Indian journal of veterinary science and animal husbandry - Volume 7,
Year: 1937
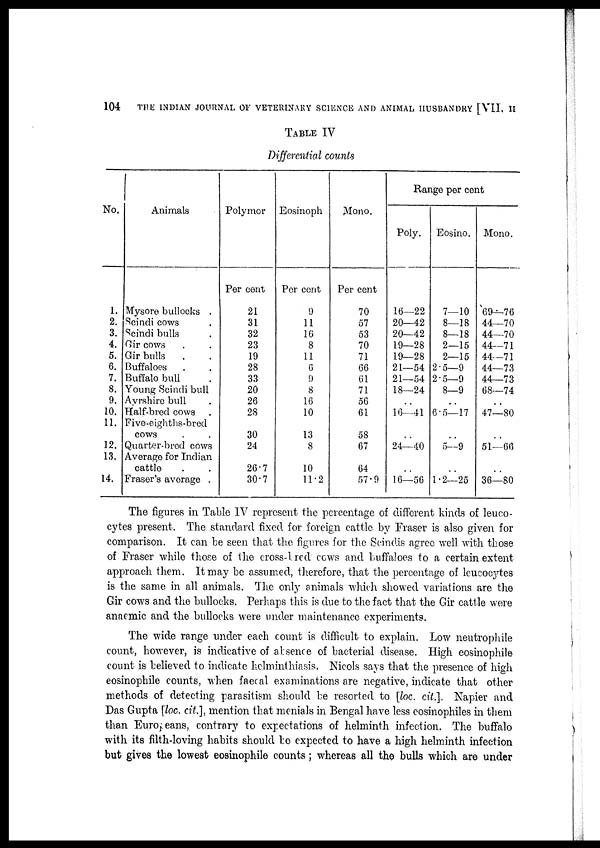
104
THE INDIAN JOURNAL OF VETERINARY SCIENCE AND ANIMAL HUSBANDRY [VII, II
TABLE IV
Differential counts
No.
1.
2.
3.
4.
5.
6.
7.
8.
9.
10.
11.
12.
13.
14.
Animals
Mysore bullocks .
Scindi cows .
Scindi bulls .
Gir cows . .
Gir bulls . .
Buffaloes . .
Buffalo bull .
Young Scindi bull
Ayrshire bull .
Half-bred cows .
Five-eighths-bred
cows . .
Quarter-bred cows
Average for Indian
cattle . .
Fraser's average .
Polymor
Per cent
21
31
32
23
19
28
33
20
26
28
30
24
26.7
30.7
Eosinoph
Per cent
9
11
16
8
11
6
9
8
16
10
13
8
10
11.2
Mono.
Per cent
70
57
53
70
71
66
61
71
56
61
58
67
64
57.9
Range per cent
Poly.
16—22
20—42
20—42
19—28
19—28
21—54
21—54
18—24
. .
16—41
. .
24—40
. .
16—56
Eosino.
7—10
8—18
8—18
2—15
2—15
2.5—9
2.5—9
8—9
. .
6.5—17
. .
5—9
. .
1.2—25
Mono.
69—76
44—70
44—70
44—71
44—71
44—73
44—73
68—74
. .
47—80
. .
51—66
. .
36—80
The figures in Table IV represent the percentage of different kinds of leuco-
cytes present. The standard fixed for foreign cattle by Fraser is also given for
comparison. It can be seen that the figures for the Scindis agree well with those
of Fraser while those of the cross-bred cows and buffaloes to a certain extent
approach them. It may be assumed, therefore, that the percentage of leucocytes
is the same in all animals. The only animals which showed variations are the
Gir cows and the bullocks. Perhaps this is due to the fact that the Gir cattle were
anaemic and the bullocks were under maintenance experiments.
The wide range under each count is difficult to explain. Low neutrophile
count, however, is indicative of absence of bacterial disease. High eosinophile
count is believed to indicate helminthiasis. Nicols says that the presence of high
eosinophile counts, when faecal examinations are negative, indicate that other
methods of detecting parasitism should be resorted to [loc. cit.]. Napier and
Das Gupta [loc. cit.], mention that menials in Bengal have less eosinophiles in them
than Europeans, contrary to expectations of helminth infection. The buffalo
with its filth-loving habits should be expected to have a high helminth infection
but gives the lowest eosinophile counts ; whereas all the bulls which are under